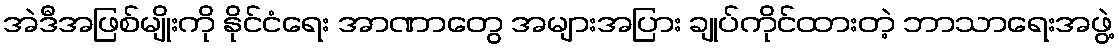
အဲဒီအဖြစ်မျိုးကို နိုင်ငံရေး အာဏာတွေ အများအပြား ချုပ်ကိုင်ထားတဲ့ ဘာသာရေးအဖွဲ့